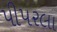
પીપરલા